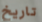
تاريخ